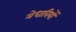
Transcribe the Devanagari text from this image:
मेधावियों